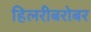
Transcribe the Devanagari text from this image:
हिलरीबरोबर